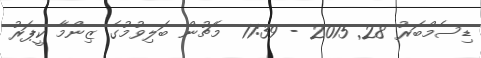
ޑިސެމްބަރު 28